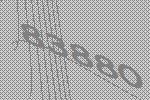
83880